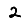
Digit: 2